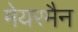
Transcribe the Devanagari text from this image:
मेयरमैन